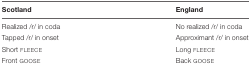
| Scotland | England |
 | --- | --- |
 | Realized /r/ in coda | No realized /r/ in coda |
 | Tapped /r/ in onset | Approximant /r/ in onset |
 | Short FLEECE | Long FLEECE |
 | Front GOOSE | Back GOOSE |